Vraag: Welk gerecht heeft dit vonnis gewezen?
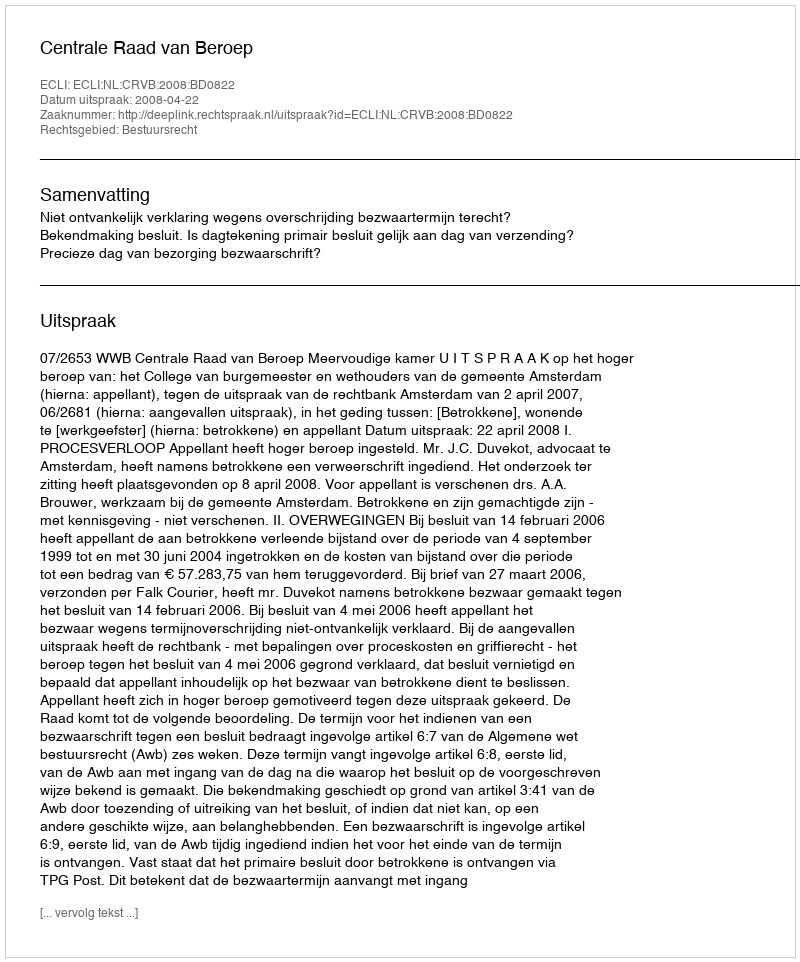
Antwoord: Centrale Raad van Beroep